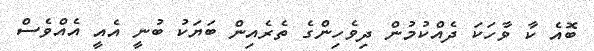
ބޮއެ ކާ ވާހަކަ ދެއްކުމުން ދިވެހިންގެ ތެރެއިން ބަޔަކު ބުނީ އެއީ އެއްވެސް